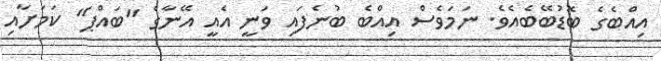
އިއްބެގެ ބޮޑުބޭބެއެވެ. ނަމަވެސް އިއްބެ ބުނެފައި ވަނީ އެއީ އޭނާގެ "ބައްޕަ" ކަމަށާއި